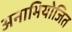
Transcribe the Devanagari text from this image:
अनाभियोजित